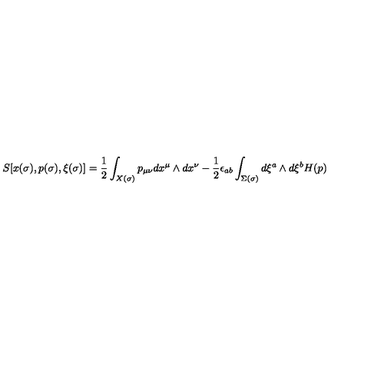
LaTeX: S [ x ( \sigma ) , p ( \sigma ) , \xi ( \sigma ) ] = { \frac { 1 } { 2 } } \int _ { X ( \sigma ) } p _ { \mu \nu } d x ^ { \mu } \wedge d x ^ { \nu } - { \frac { 1 } { 2 } } \epsilon _ { a b } \int _ { \Sigma ( \sigma ) } d \xi ^ { a } \wedge d \xi ^ { b } H ( p )